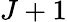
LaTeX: J+1